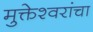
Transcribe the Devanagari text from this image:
मुक्तेश्वरांचा